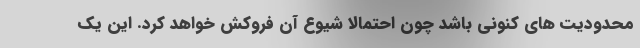
محدودیت های کنونی باشد چون احتمالا شیوع آن فروکش خواهد کرد. این یک